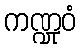
ကဏ္ဍုဝံ